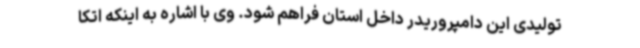
تولیدی این دامپروریدر داخل استان فراهم شود. وی با اشاره به اینکه اتکا